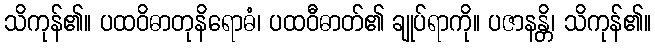
သိကုန်၏။ ပထဝိဓာတုနိရောဓံ၊ ပထဝီဓာတ်၏ ချုပ်ရာကို။ ပဇာနန္တိ၊ သိကုန်၏။